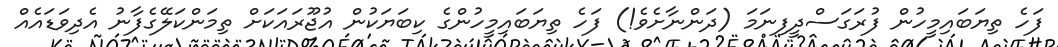
ފަހެ ތިޔަބައިމީހުން ފުރަގަސްދީފިނަމަ (ދަންނާށެވެ!) ފަހެ ތިޔަބައިމީހުންގެ ކިބަޔަކުން އުޖޫރައަކަށް ތިމަންކަލޭގެފާނު އެދިވަޑައެއް